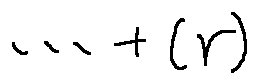
\cdots + ( r )